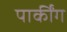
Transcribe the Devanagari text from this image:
पार्कींग